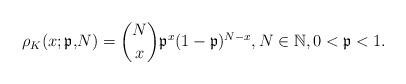
LaTeX: \begin{gather*}\rho_{K} ( x;\mathfrak{p,}N ) =\binom{N}{x}\mathfrak{p}^{x} (1-\mathfrak{p} ) ^{N-x},N\in\mathbb{N},0<\mathfrak{p}<1.\end{gather*}